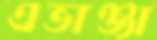
এভাঞ্জা